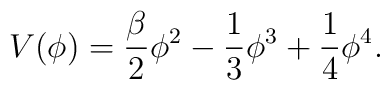
V(\phi)=\frac{\beta}{2} \phi^2 - \frac{1}{3} \phi^3 + \frac{1}{4}\phi^4.